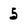
Character: 5